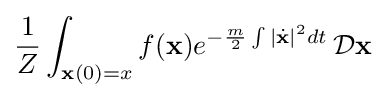
{\frac {1}{Z}}\int _{\mathbf {x} (0)=x}f(\mathbf {x} )e^{-{\frac {m}{2}}\int |{\dot {\mathbf {x} }}|^{2}dt}\,{\mathcal {D}}\mathbf {x}